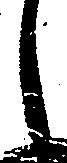
候